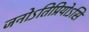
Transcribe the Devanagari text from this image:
जनोऽतिप्रियोऽसि